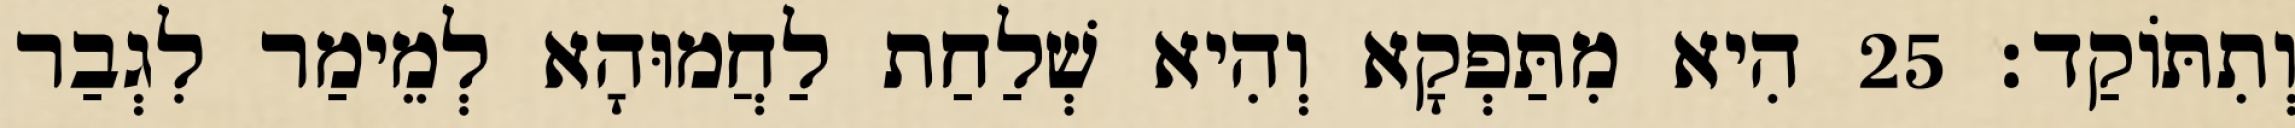
וְתִתּוֹקַד׃ 25 הִיא מִתַּפְקָא וְהִיא שְׁלַחַת לַחֲמוּהָא לְמֵימַר לִגְבַר